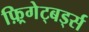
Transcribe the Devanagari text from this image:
फ़्रिगेट्बर्ड्स